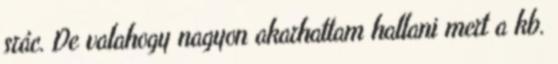
srác. De valahogy nagyon akarhattam hallani mert a kb.